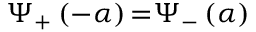
\Psi _ { + } \left( - \alpha \right) { = } \Psi _ { - } \left( \alpha \right)